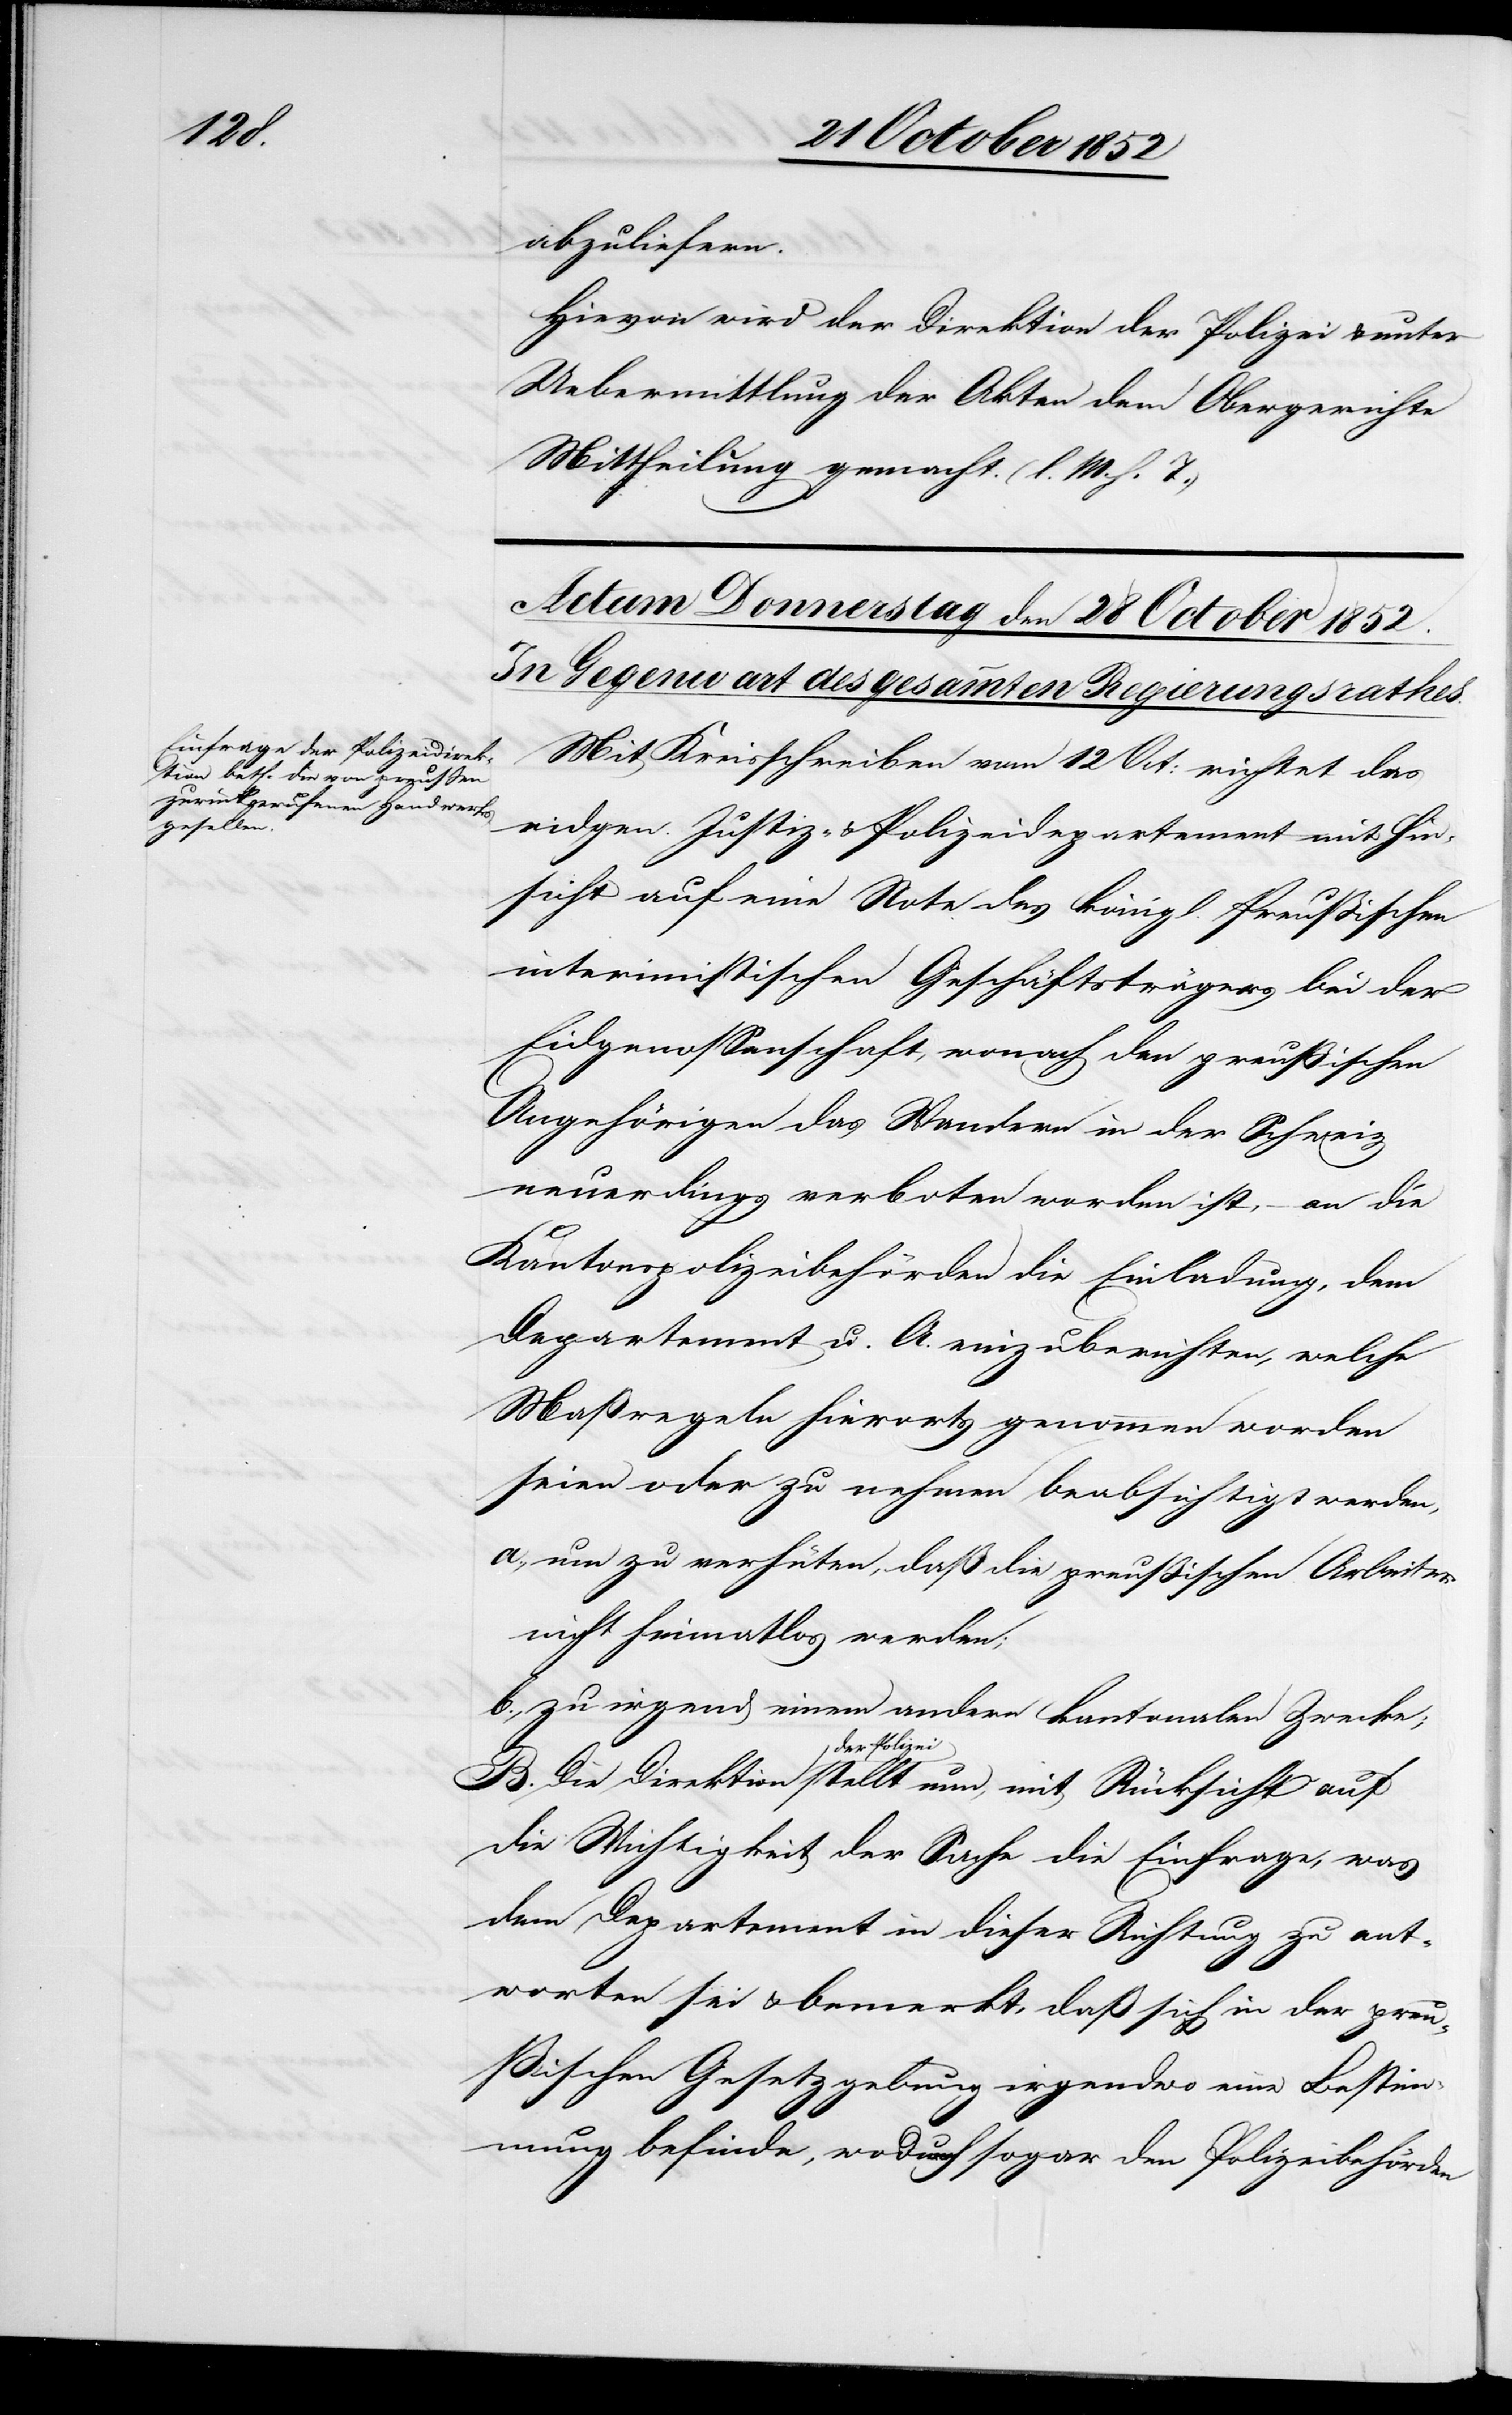
zei stellt nun,

abzuliefern.
Hievon wird der Direktion der Polizei & unter
Uebermittlung der Akten dem Obergerichte
Mittheilung gemacht. (l. M. h. T.)
Mit Kreisschreiben vom 12 Oct: richtet das
eidgen. Justiz- & Polizeidepartement mit Hin¬
sicht auf eine Note des königl. Preußischen
interimistischen Geschäftsträgers bei der
Eidgenossenschaft, wonach den preußischen
Angehörigen das Wandern in der Schweiz
neuerdings verboten worden ist, – an die
Kantonspolizeibehörden die Einladung, dem
Departement u. A. einzuberichten, welche
Maßregeln hierorts genommen worden
seien oder zu nehmen beabsichtigt werden,
um zu verhüten, daß die preußischen Arbeiter
nicht heimatlos werden;
zu irgend einem andern kantonalen Zwecke;
der Poli¬
die Wichtigkeit der Sache die Einfrage, was
dem Departement in dieser Richtung zu ant¬
worten sei & bemerkt, daß sich in der preu¬
ßischen Gesetzgebung irgendwo eine Bestim¬
mung befinde, wodurch sogar den Polizeibehörden